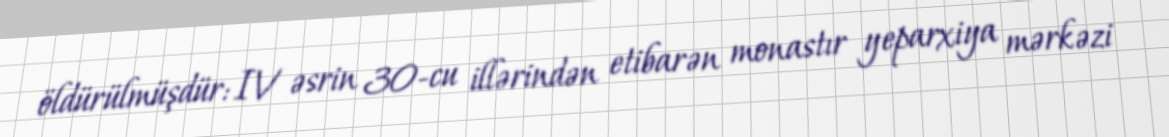
öldürülmüşdür: IV əsrin 30-cu illərindən etibarən monastır yeparxiya mərkəzi